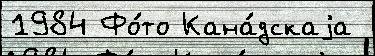
1984 Фо́то Кана́дскаjа